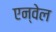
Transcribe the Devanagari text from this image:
एन्वेल